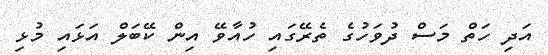
އަދި ހަތް މަސް ދުވަހުގެ ތެރޭގައި ހުއާވޭ އިން ކޭބަލް އަޅައި މުޅި